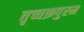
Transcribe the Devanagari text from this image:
तृच्चक्रपुरम